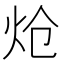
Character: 炝